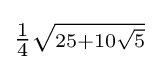
\scriptstyle {\tfrac {1}{4}}{\sqrt {25+10{\sqrt {5}}}}